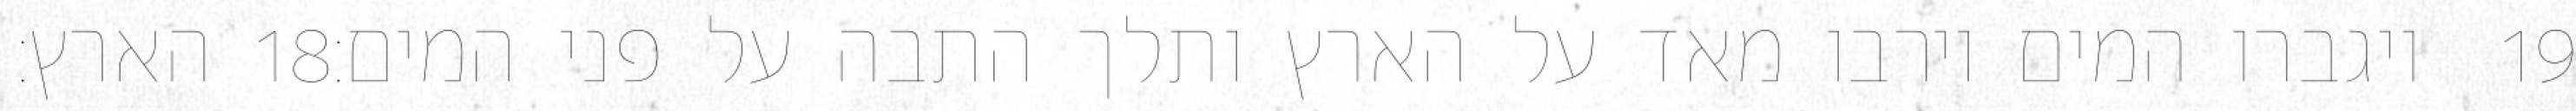
הארץ׃ ‎18‏ ויגברו המים וירבו מאד על הארץ ותלך התבה על פני המים׃ ‎19‏